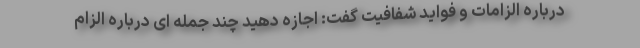
درباره الزامات و فواید شفافیت گفت: اجازه دهید چند جمله ای درباره الزام